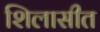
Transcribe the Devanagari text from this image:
शिलासीत